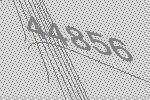
44856